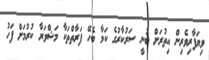
ވިޔަފާރިވެރިން އިތުރަށް ބުނީ ސަރުކާރުގެ ކަމާ ބެހޭ ފަރާތްތަކާ މަޝްވަރާ ކުރުމަށް ފަހު